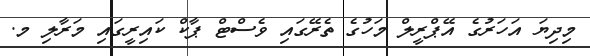
މިދިޔަ އަހަރުގެ އޭޕްރީލް މަހުގެ ތެރޭގައި ވެސްޓް ޕާކް ކައިރީގައި މަރާލި މ.